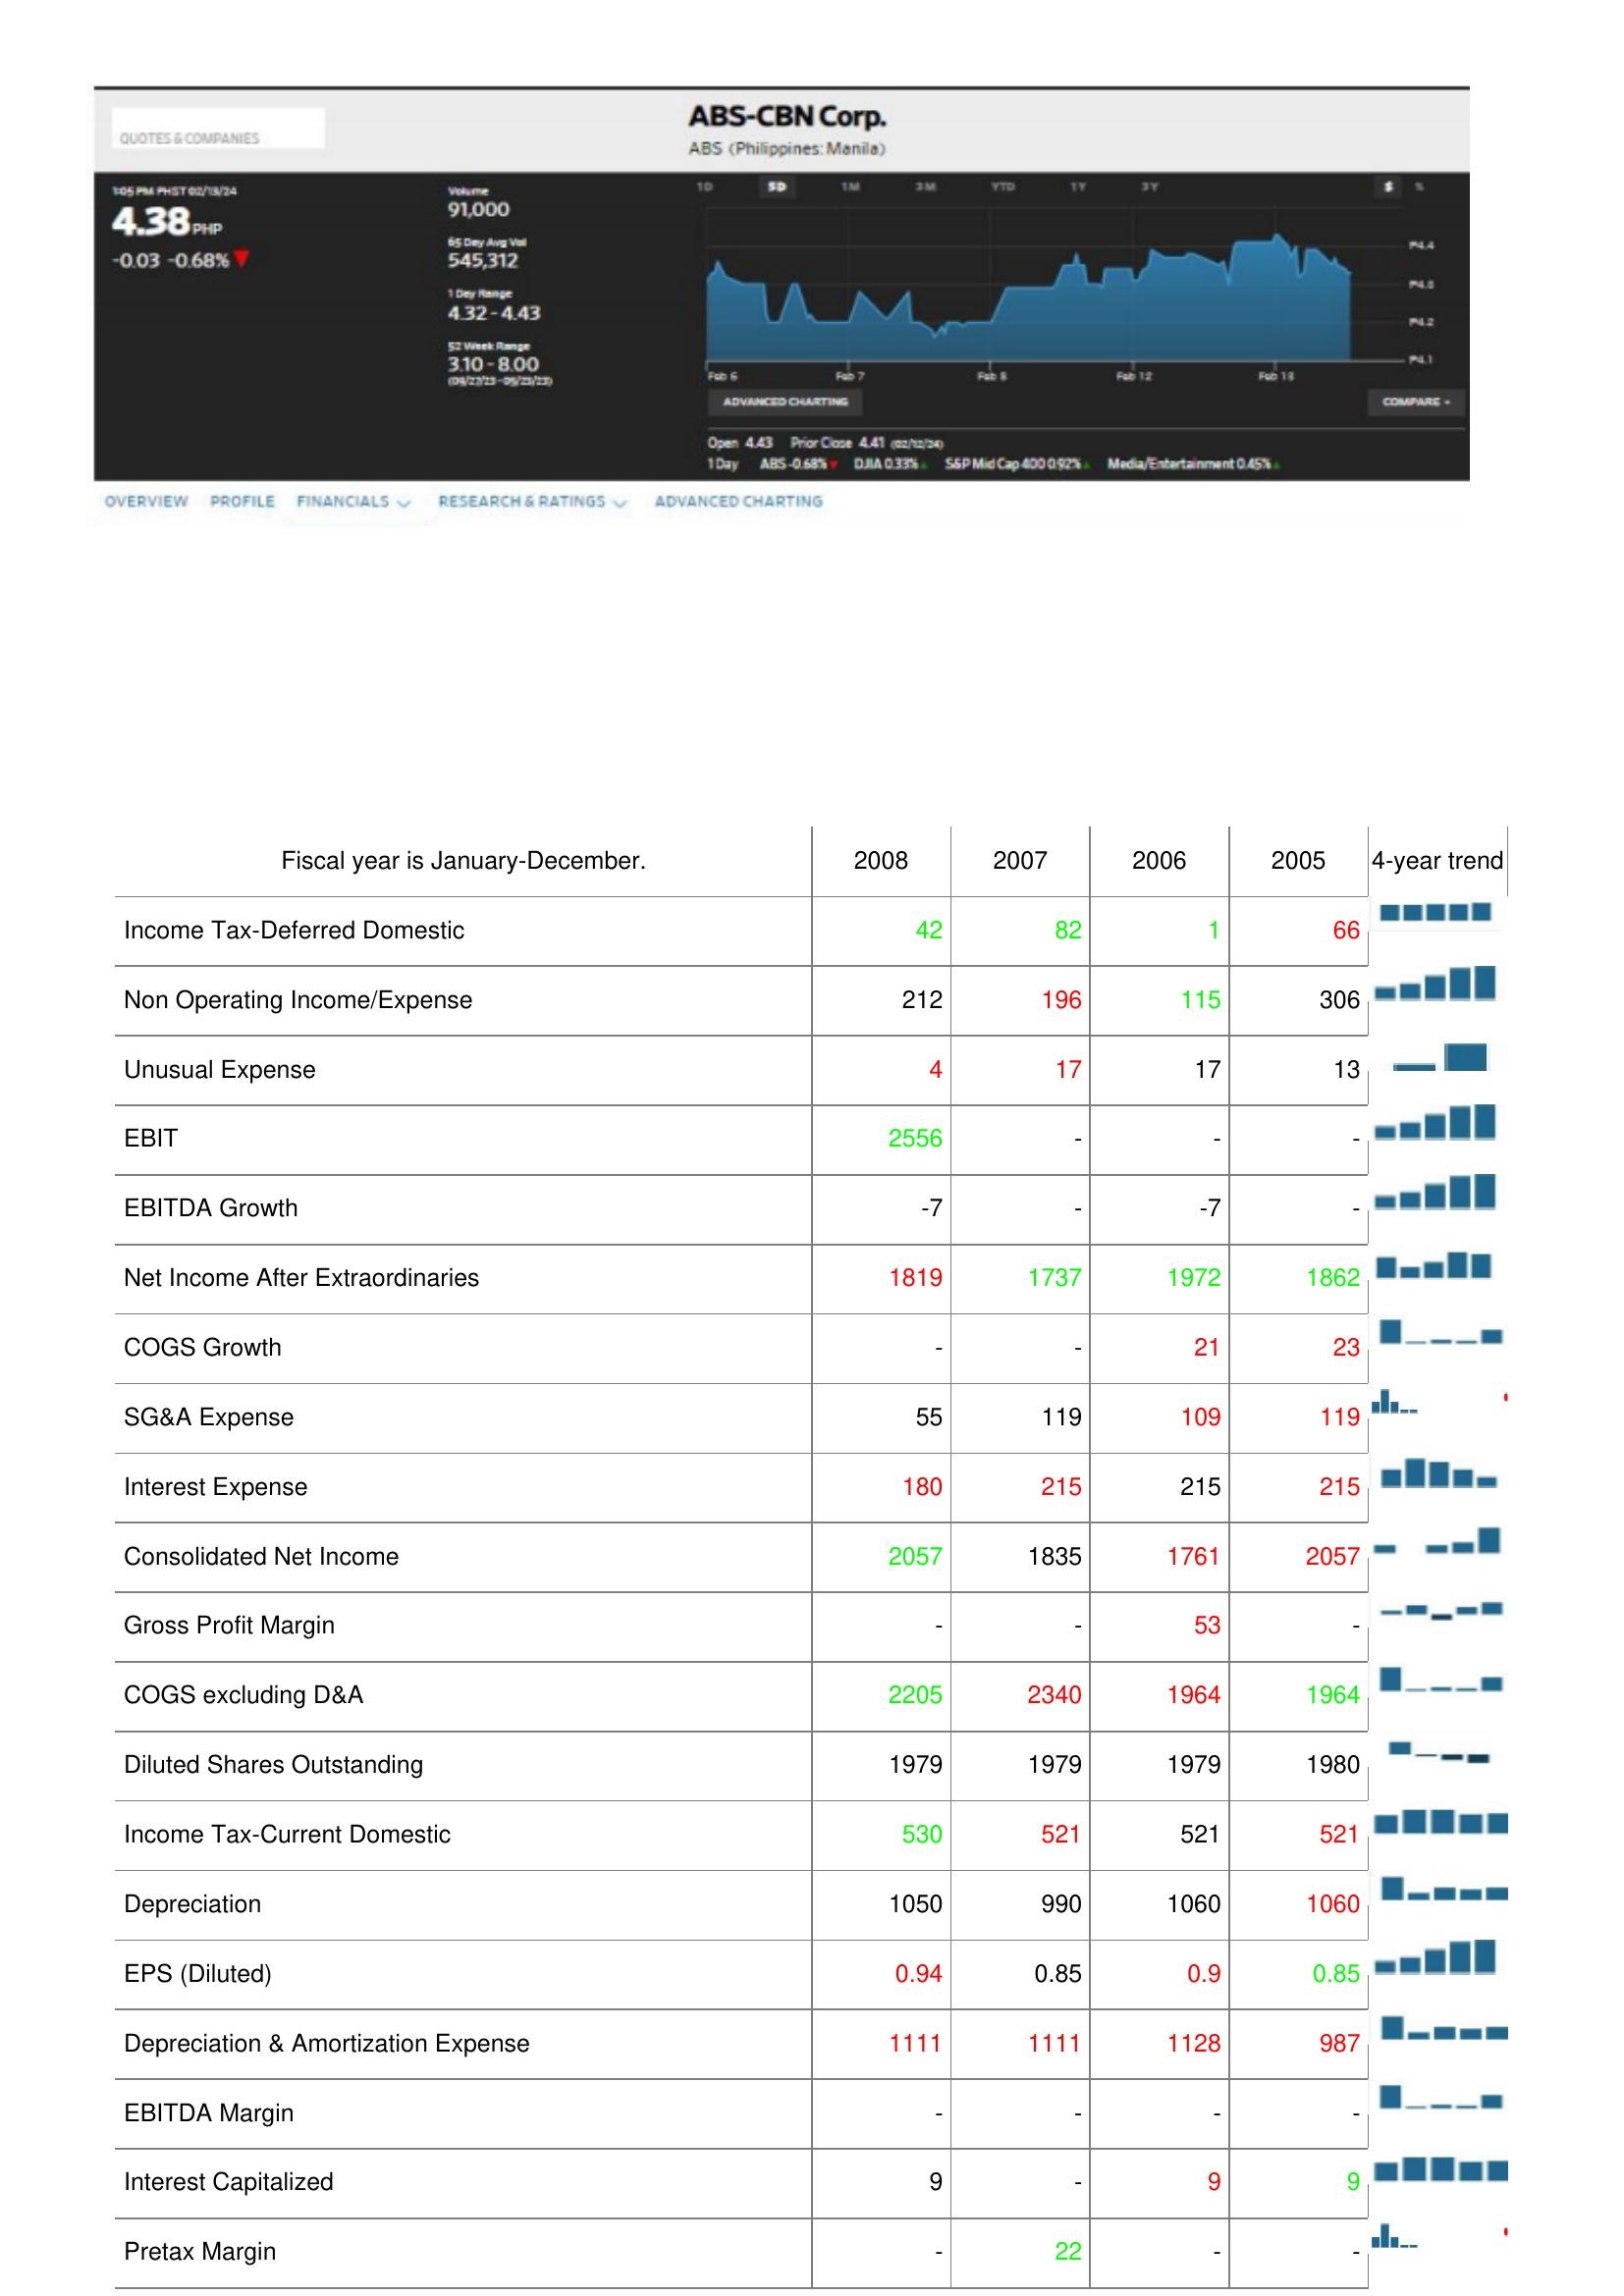
2008: : Income Tax-Deferred Domestic: 42
Non Operating Income/Expense: 212
Unusual Expense: 4
EBIT: 2556
EBITDA Growth: -7
Net Income After Extraordinaries: 1819
COGS Growth: -
SG&A Expense: 55
Interest Expense: 180
Consolidated Net Income: 2057
Gross Profit Margin: -
COGS excluding D&A: 2205
Diluted Shares Outstanding: 1979
Income Tax-Current Domestic: 530
Depreciation: 1050
EPS (Diluted): 0.94
Depreciation & Amortization Expense: 1111
EBITDA Margin: -
Interest Capitalized: 9
Pretax Margin: -
2007: : Income Tax-Deferred Domestic: 82
Non Operating Income/Expense: 196
Unusual Expense: 17
EBIT: -
EBITDA Growth: -
Net Income After Extraordinaries: 1737
COGS Growth: -
SG&A Expense: 119
Interest Expense: 215
Consolidated Net Income: 1835
Gross Profit Margin: -
COGS excluding D&A: 2340
Diluted Shares Outstanding: 1979
Income Tax-Current Domestic: 521
Depreciation: 990
EPS (Diluted): 0.85
Depreciation & Amortization Expense: 1111
EBITDA Margin: -
Interest Capitalized: -
Pretax Margin: 22
2006: : Income Tax-Deferred Domestic: 1
Non Operating Income/Expense: 115
Unusual Expense: 17
EBIT: -
EBITDA Growth: -7
Net Income After Extraordinaries: 1972
COGS Growth: 21
SG&A Expense: 109
Interest Expense: 215
Consolidated Net Income: 1761
Gross Profit Margin: 53
COGS excluding D&A: 1964
Diluted Shares Outstanding: 1979
Income Tax-Current Domestic: 521
Depreciation: 1060
EPS (Diluted): 0.9
Depreciation & Amortization Expense: 1128
EBITDA Margin: -
Interest Capitalized: 9
Pretax Margin: -
2005: : Income Tax-Deferred Domestic: 66
Non Operating Income/Expense: 306
Unusual Expense: 13
EBIT: -
EBITDA Growth: -
Net Income After Extraordinaries: 1862
COGS Growth: 23
SG&A Expense: 119
Interest Expense: 215
Consolidated Net Income: 2057
Gross Profit Margin: -
COGS excluding D&A: 1964
Diluted Shares Outstanding: 1980
Income Tax-Current Domestic: 521
Depreciation: 1060
EPS (Diluted): 0.85
Depreciation & Amortization Expense: 987
EBITDA Margin: -
Interest Capitalized: 9
Pretax Margin: -